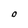
Character: O